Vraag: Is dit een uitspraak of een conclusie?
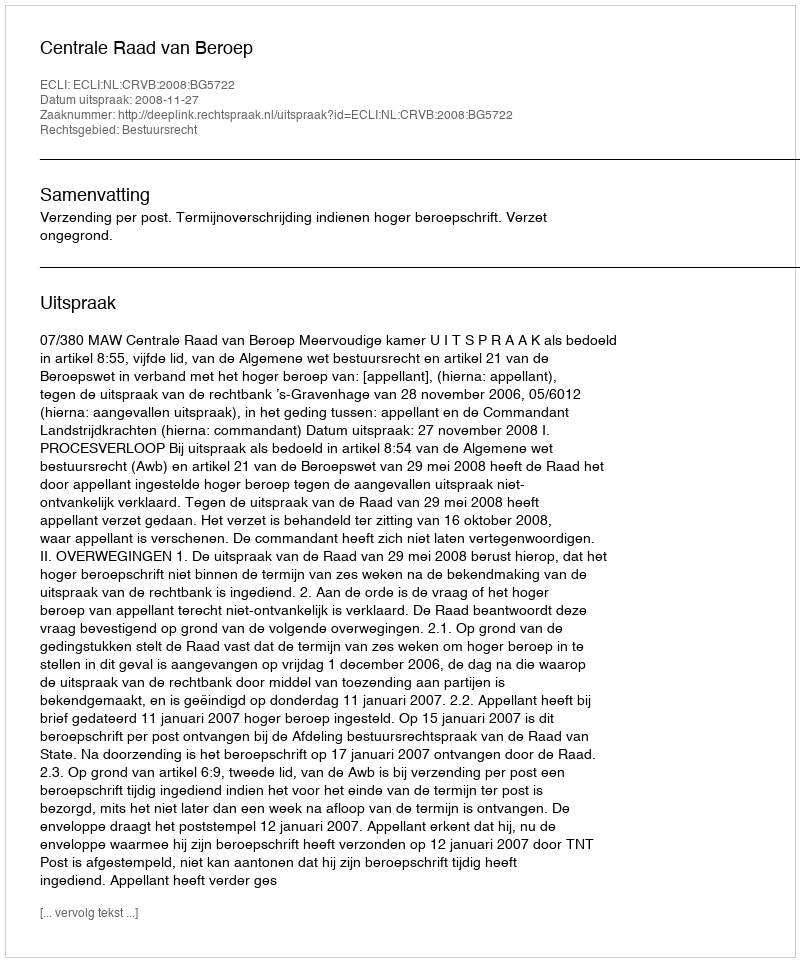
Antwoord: Uitspraak